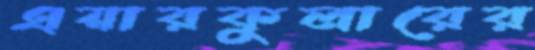
এয়ারকুলারের